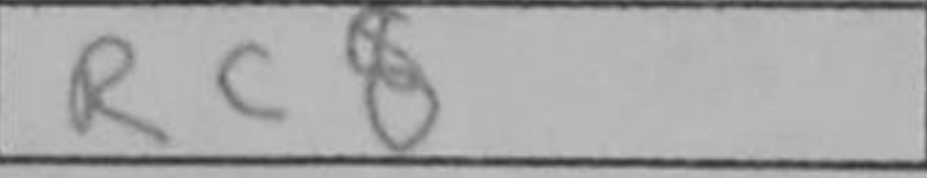
Transcription: Rc8